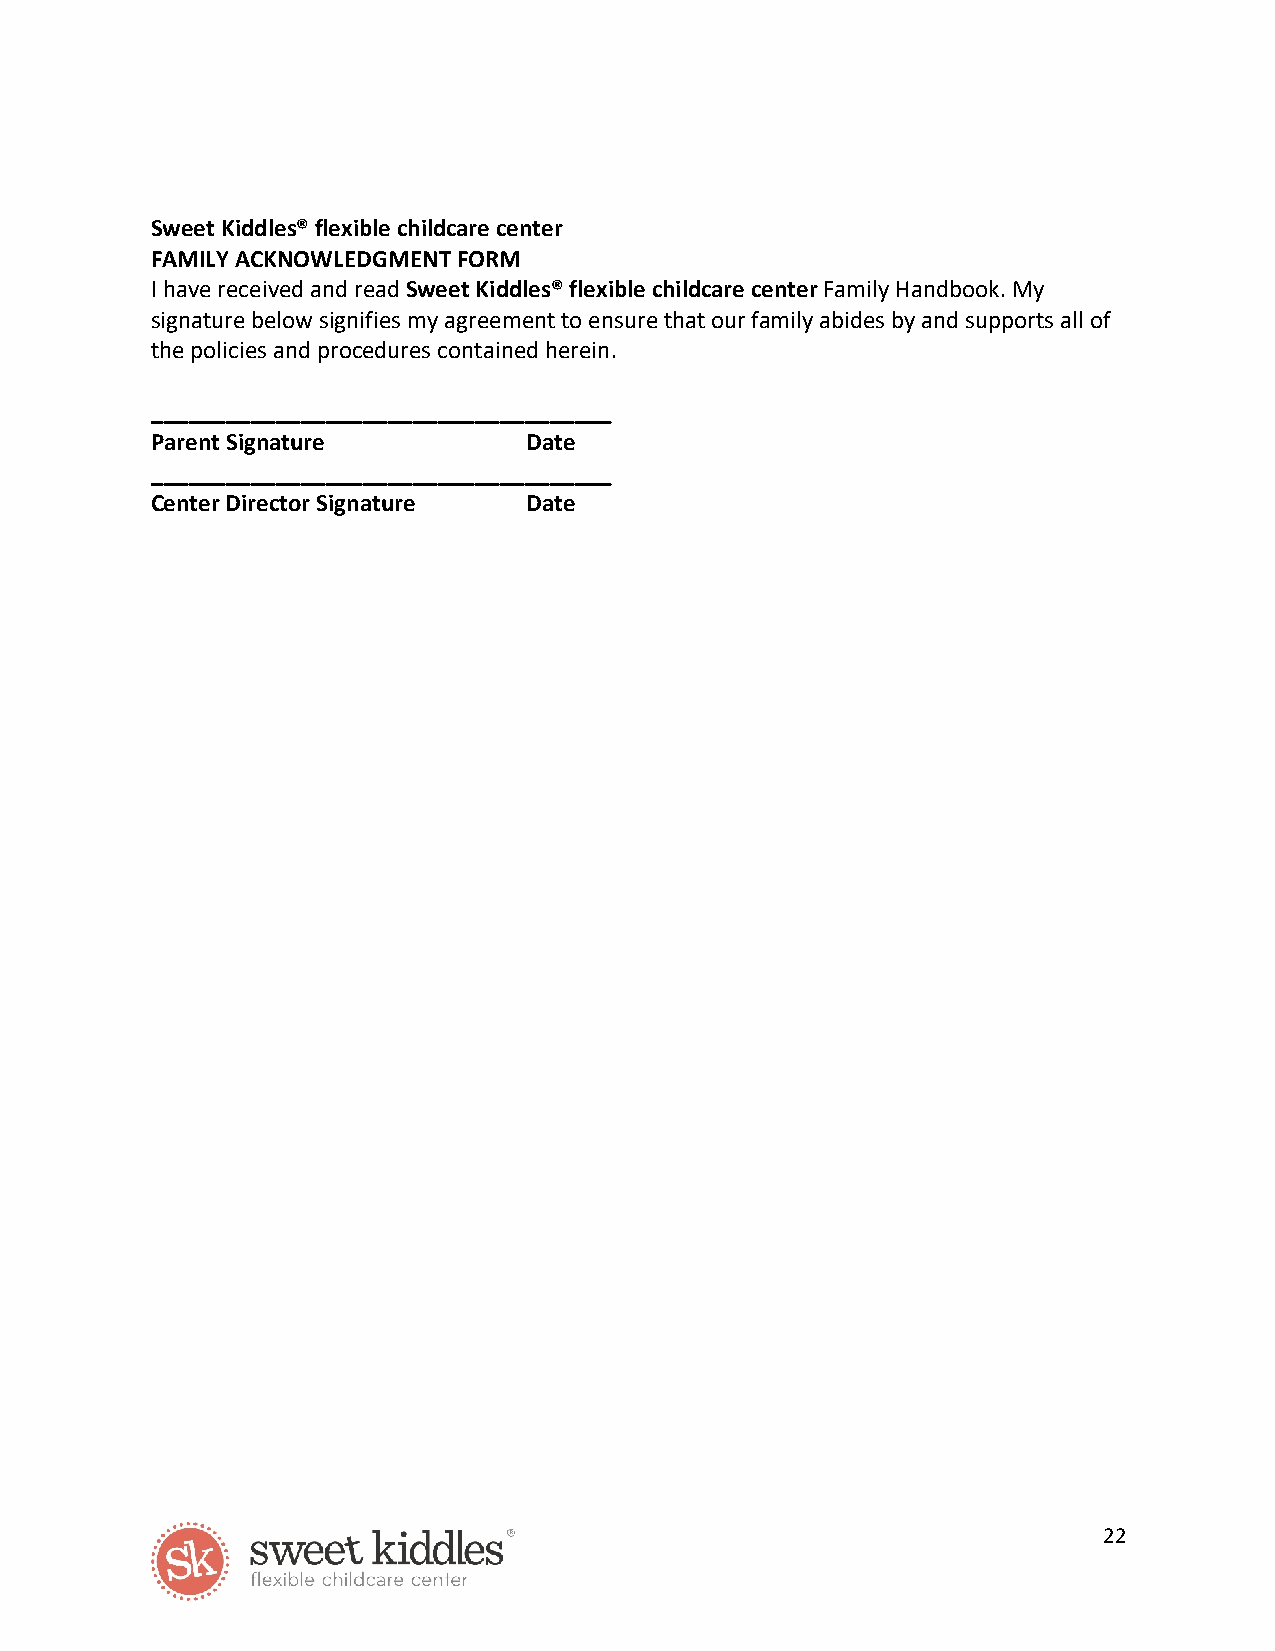
Sweet Kiddles® flexible childcare center
 FAMILY ACKNOWLEDGMENT FORM
 I have received and read Sweet Kiddles® flexible childcare center Family Handbook. My
 signature below signifies my agreement to ensure that our family abides by and supports all of
 the policies and procedures contained herein.
 _____________________________________
 Parent Signature         Date
 _____________________________________
 Center Director Signature Date
 22